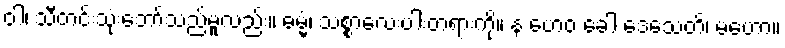
ဝါ၊ သိီတင်းသုံးဘော်သည်မူလည်း။ ဓမ္မံ၊ သစ္စာလေးပါးတရားကို။ န ဟေဝ ခေါ ဒေသေတိ၊ မဟော။